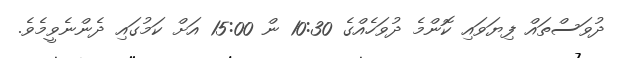
ދުވަސްތައް ފިޔަވައި ކޮންމެ ދުވަހެއްގެ 10:30 ން 15:00 އަށް ކަމުގައި ދެންނެވީމެވެ.